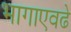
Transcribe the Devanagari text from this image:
भागाएवढे